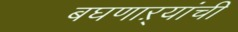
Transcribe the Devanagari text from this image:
बघणाऱ्यांची